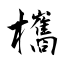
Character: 欈